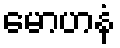
မောဟနံ